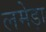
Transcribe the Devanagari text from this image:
लमेड़ा